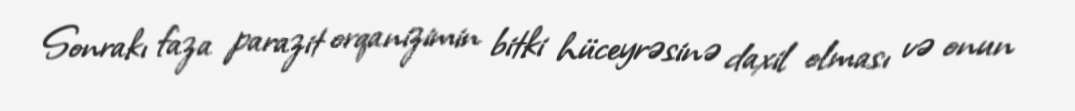
Sonrakı faza parazit orqanizimin bitki hüceyrəsinə daxil olması və onun